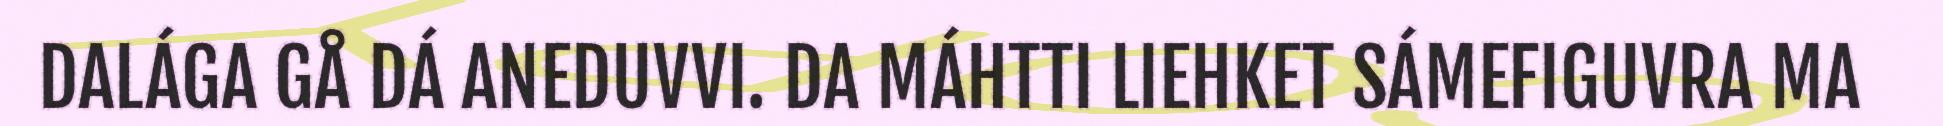
DALÁGA GÅ DÁ ANEDUVVI. DA MÁHTTI LIEHKET SÁMEFIGUVRA MA